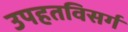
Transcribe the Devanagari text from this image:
उपहतविसर्ग